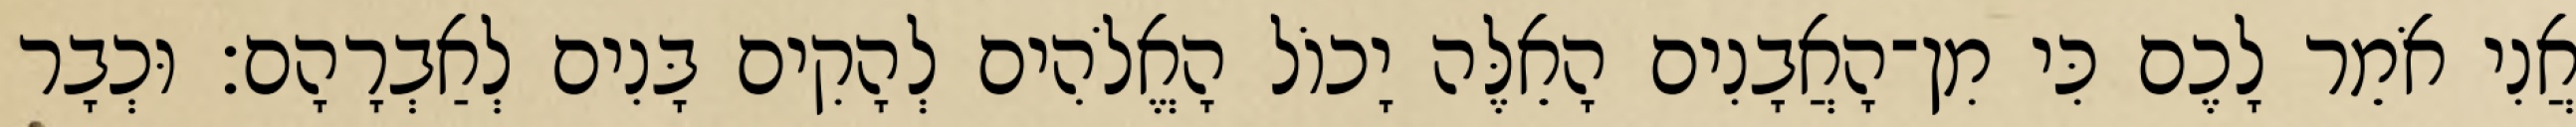
אֲנִי אֹמֵר לָכֶם כִּי מִן־הָאֲבָנִים הָאֵלֶּה יָכוֹל הָאֱלֹהִים לְהָקִים בָּנִים לְאַבְרָהָם׃ וּכְבָר